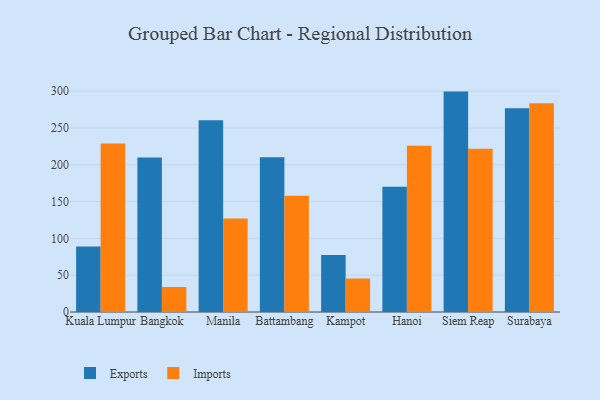
{"axis": {"x": "City", "y": "Budget (USD K)"}, "legend": ["Exports", "Imports"], "data": [{"x": "Kuala Lumpur", "y": 89.1, "type": "Exports"}, {"x": "Kuala Lumpur", "y": 228.9, "type": "Imports"}, {"x": "Bangkok", "y": 210.0, "type": "Exports"}, {"x": "Bangkok", "y": 34.0, "type": "Imports"}, {"x": "Manila", "y": 260.5, "type": "Exports"}, {"x": "Manila", "y": 127.1, "type": "Imports"}, {"x": "Battambang", "y": 210.2, "type": "Exports"}, {"x": "Battambang", "y": 157.9, "type": "Imports"}, {"x": "Kampot", "y": 77.6, "type": "Exports"}, {"x": "Kampot", "y": 45.5, "type": "Imports"}, {"x": "Hanoi", "y": 170.0, "type": "Exports"}, {"x": "Hanoi", "y": 225.7, "type": "Imports"}, {"x": "Siem Reap", "y": 299.4, "type": "Exports"}, {"x": "Siem Reap", "y": 221.8, "type": "Imports"}, {"x": "Surabaya", "y": 276.8, "type": "Exports"}, {"x": "Surabaya", "y": 283.6, "type": "Imports"}]}